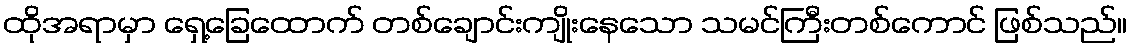
ထိုအရာမှာ ရှေ့ခြေထောက် တစ်ချောင်းကျိုးနေသော သမင်ကြီးတစ်ကောင် ဖြစ်သည်။